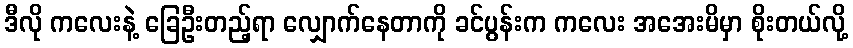
ဒီလို ကလေးနဲ့ ခြေဦးတည့်ရာ လျှောက်နေတာကို ခင်ပွန်းက ကလေး အအေးမိမှာ စိုးတယ်လို့